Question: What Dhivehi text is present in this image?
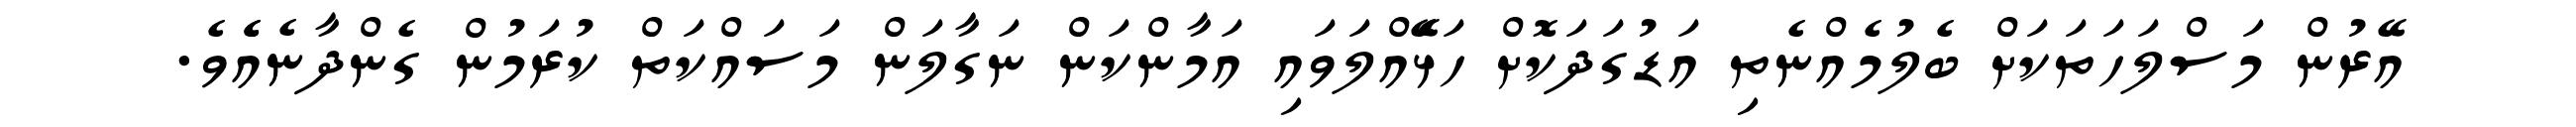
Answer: އޭރުން މަސްލަހަތަކަށް ބެލުމެއްނެތި އަޑުގަދަކޮށް ހަޅެޭއްލަވައި އަމާންކަން ނަގާލަން މަސައްކަތް ކުރަމުން ގެންދާނެއެެވެ.